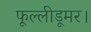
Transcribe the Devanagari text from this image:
फूल्लीडूमर।